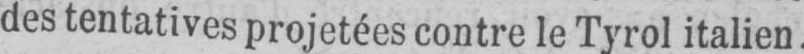
des tentatives projetées contre le Tyrol italien.